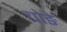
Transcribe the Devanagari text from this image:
चोङे